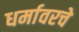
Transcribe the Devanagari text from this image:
धर्मावरचे